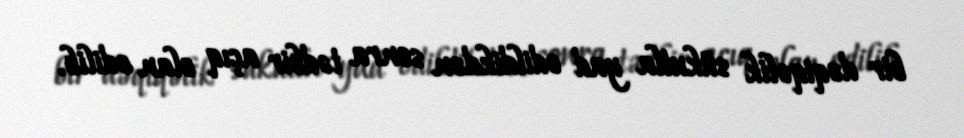
bir dəqiqəlik sükutla yad edildikdən sonra tədbir açıq elan edilib.